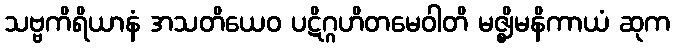
သဗ္ဗကိရိယာနံ အသတိယေဝ ပဋိဂ္ဂဟိတမေဝါတိ မဇ္ဈိမနိကာယံ ဆုက